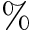
\%